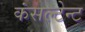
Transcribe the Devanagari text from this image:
कंसल्टेन्ट